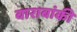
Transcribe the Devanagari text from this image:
बाराबांकी